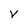
Character: V